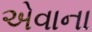
એવાના